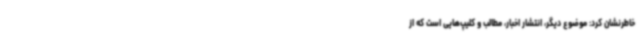
خاطرنشان کرد: موضوع دیگر، انتشار اخبار، مطالب و کلیپ‌هایی است که از